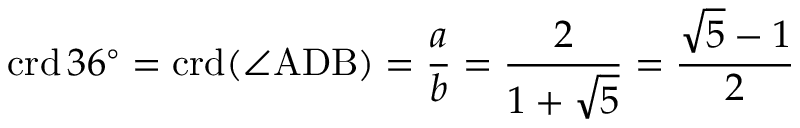
\operatorname { c r d } 3 6 ^ { \circ } = \operatorname { c r d } ( \angle \mathrm { A D B } ) = { \frac { a } { b } } = { \frac { 2 } { 1 + { \sqrt { 5 } } } } = { \frac { { \sqrt { 5 } } - 1 } { 2 } }